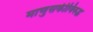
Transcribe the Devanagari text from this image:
माणुसकीविरुद्ध